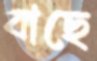
বাছে